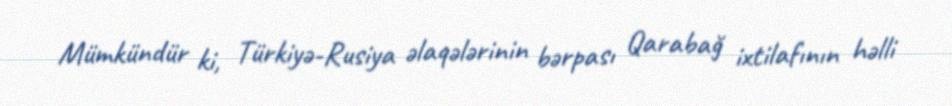
Mümkündür ki, Türkiyə-Rusiya əlaqələrinin bərpası Qarabağ ixtilafının həlli